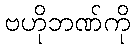
ဗဟိုဘဏ်ကို